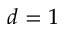
d = 1